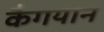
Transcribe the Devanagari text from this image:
कैगयान